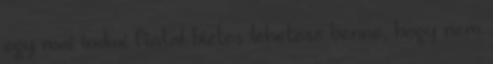
egy mai indiai fiatal biztos lehetesz benne, hogy nem